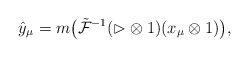
\begin{gather*}\hat{y}_\mu=m\big(\tilde{\mathcal{F}}^{-1}(\rhd\otimes 1) (x_\mu\otimes1)\big),\end{gather*}